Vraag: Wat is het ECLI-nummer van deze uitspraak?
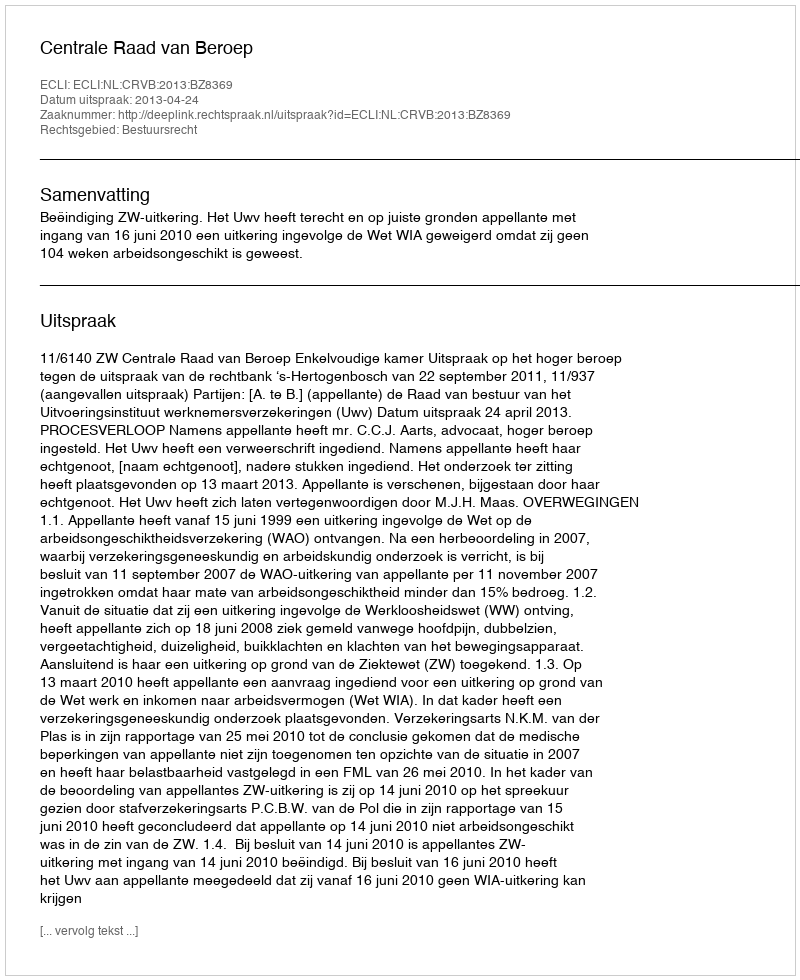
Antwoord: ECLI:NL:CRVB:2013:BZ8369